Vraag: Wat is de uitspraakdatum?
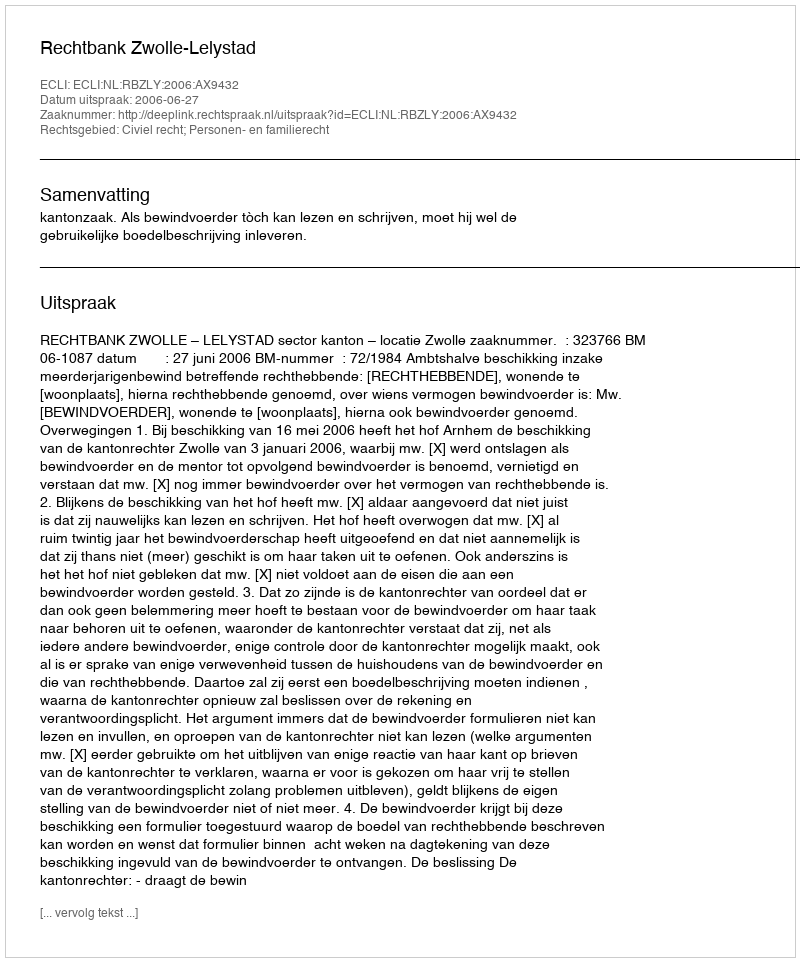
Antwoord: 2006-06-27